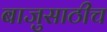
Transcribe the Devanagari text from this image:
बाजुसाठीच